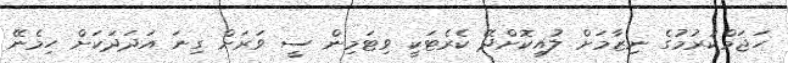
ހަޖަމްކުރުމުގެ ނިޒާމަށް ލުއިކޮށްދޭ ކެރެޓަކީ ވިޓަމިން ސީ ވަރަށް ގިނަ އަދަދަކަށް ހިމެނޭ